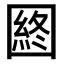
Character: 𡈡